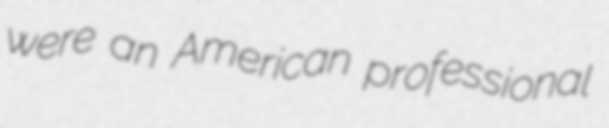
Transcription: were an American professional